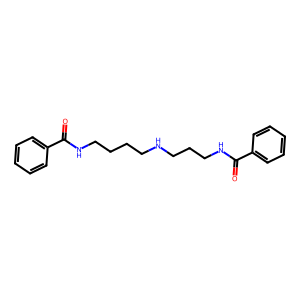
SMILES: O=C(NCCCCNCCCNC(=O)c1ccccc1)c1ccccc1
Inhibits HIV replication: No